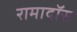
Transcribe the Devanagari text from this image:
रामादॉस